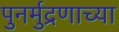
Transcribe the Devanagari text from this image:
पुनर्मुद्रणाच्या